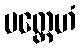
ပတ္ထေဟံ